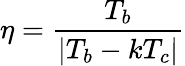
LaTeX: \eta=\frac{T_{b}}{|T_{b}-kT_{c}|}